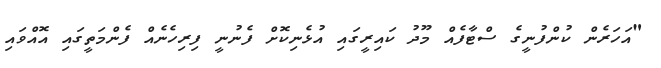
"އަހަރެން ކުންފުނީގެ ސްޓާފެއް މޫދު ކައިރީގައި އުޅެނިކޮށް ފެނުނީ ފިރިހެނެއް ފެންމަތީގައި އޮއްވައި